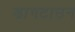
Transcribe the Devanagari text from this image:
डागटाउन